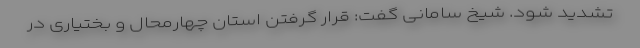
تشدید شود. شیخ سامانی گفت: قرار گرفتن استان چهارمحال و بختیاری در